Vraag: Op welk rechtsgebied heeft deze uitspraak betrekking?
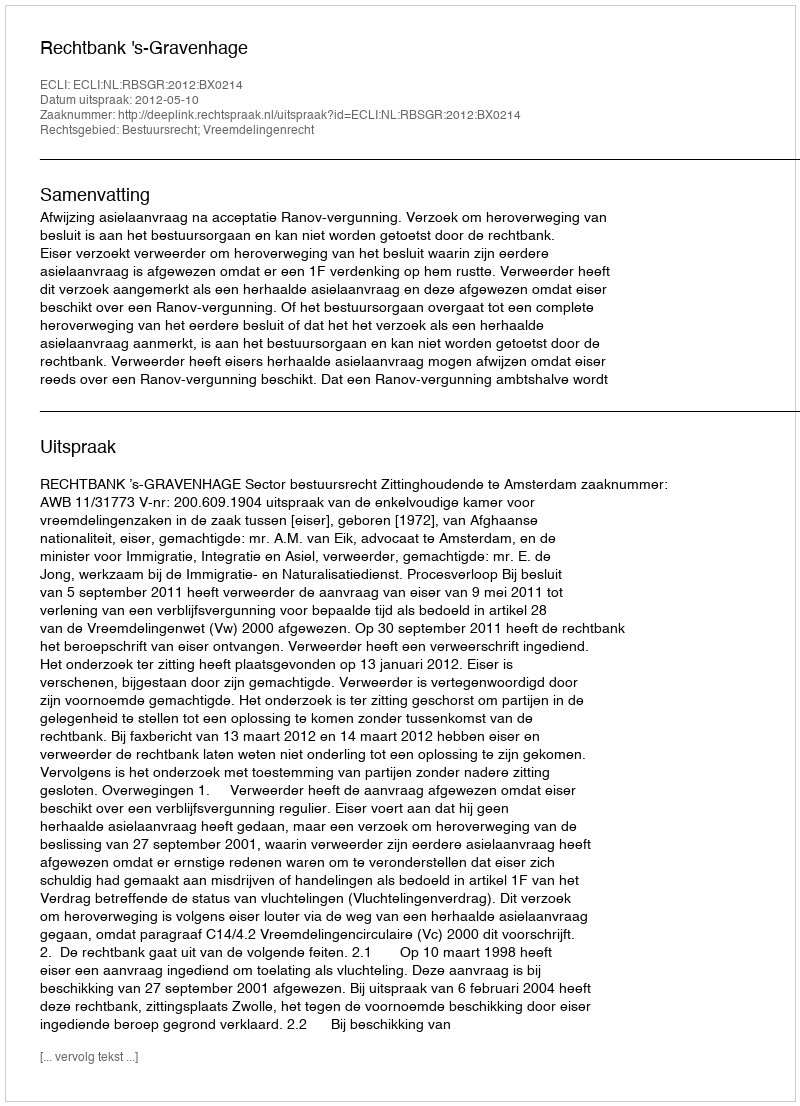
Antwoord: Bestuursrecht; Vreemdelingenrecht